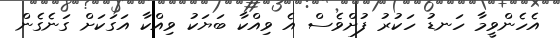
އެހެންވީމާ ހަނޑު ހަކުރު ފުށްވެސް އެ ވިއްކާ ބަޔަކު ވިއްކާ އަގަކަށް ގަނެގެން